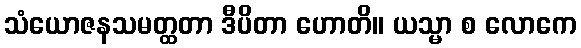
သံယောဇနသမတ္ထတာ ဒီပိတာ ဟောတိ။ ယသ္မာ စ လောကေ